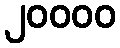
၂၀၀၀၀